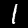
Digit: 1